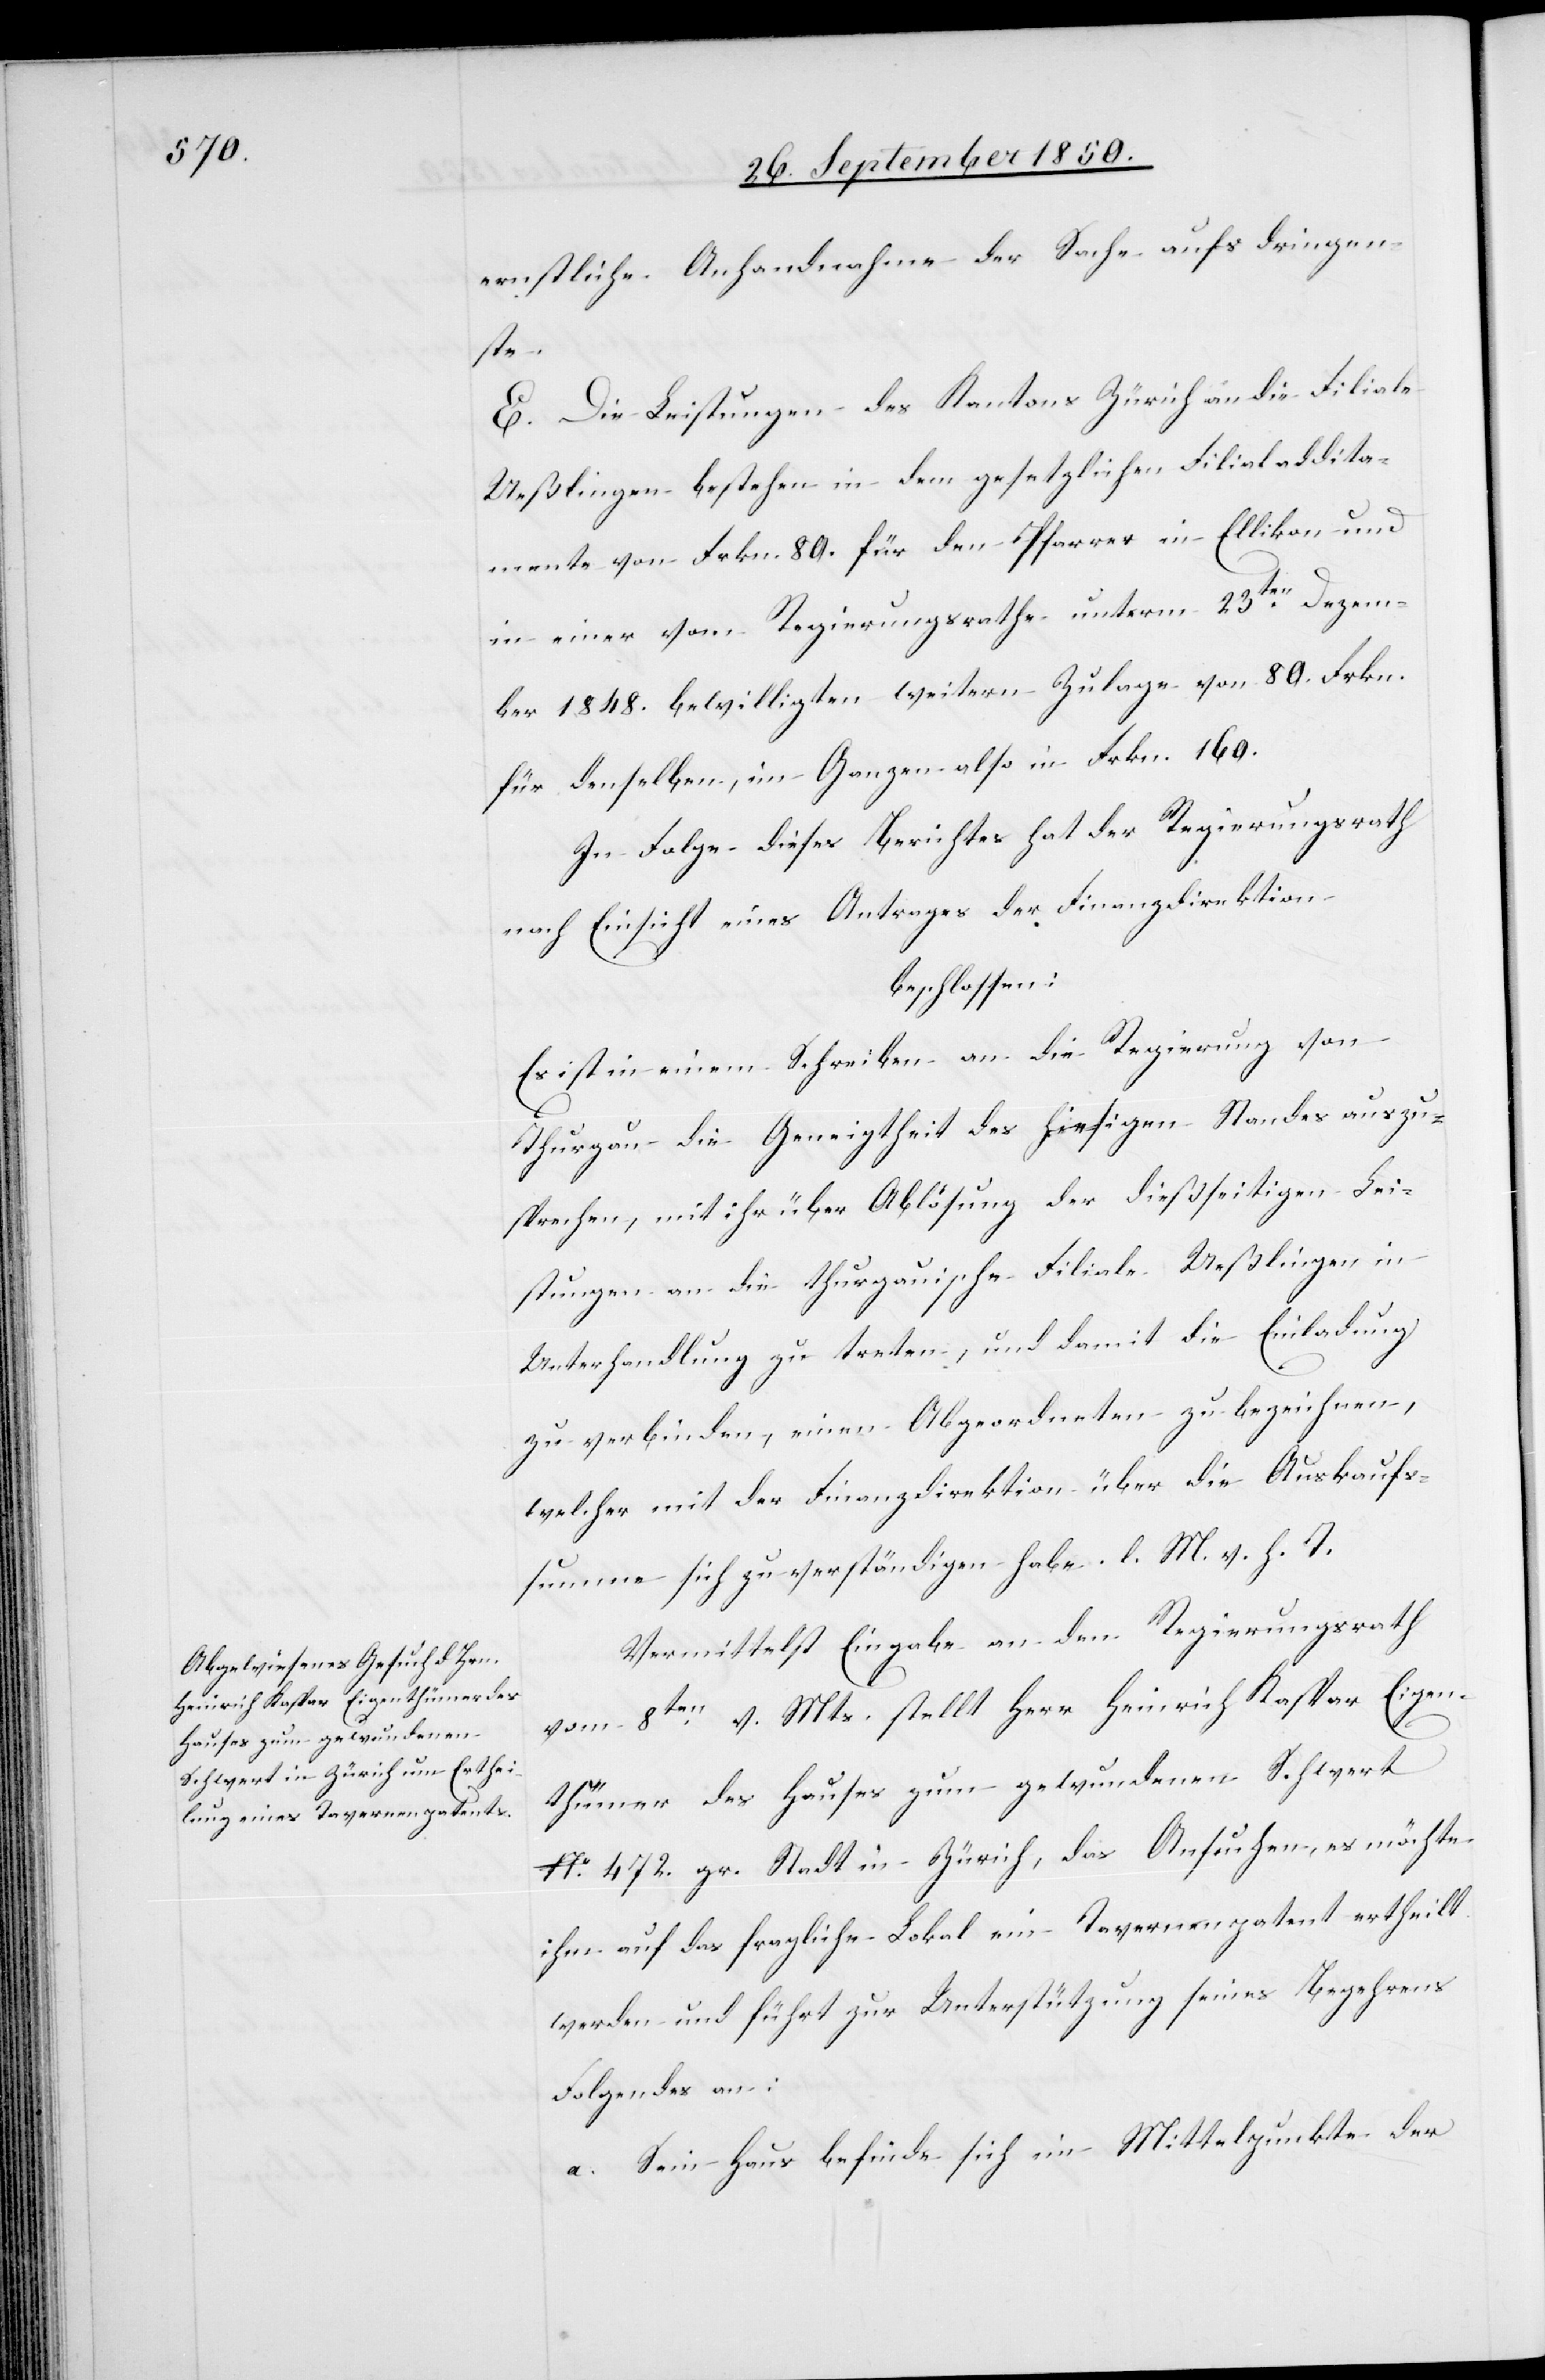
ernstliche Anhandnahme der Sache aufs dringen¬
ste.
E. Die Leistungen des Kantons Zürich an die Filiale
Ueßlingen bestehen in dem gesetzlichen Filialaddita¬
mente von Frkn. 80. für den Pfarrer in Ellikon und
in einer vom Regierungsrathe unterm 23ten Dezem¬
ber 1848. bewilligten weitern Zulage von 80. Frkn.
für denselben, im Ganzen also in Frkn. 160.
In Folge dieses Berichtes hat der Regierungsrath
nach Einsicht eines Antrages der Finanzdirektion
beschlossen:
Es ist in einem Schreiben an die Regierung von
Thurgau die Geneigtheit des hiesigen Standes auszu¬
sprechen, mit ihr über Ablösung der dießseitigen Lei¬
stungen an die thurgauische Filiale Ueßlingen in
Unterhandlung zu treten, und damit die Einladung
zu verbinden, einen Abgeordneten zu bezeichnen,
welcher mit der Finanzdirektion über die Auskaufs¬
summe sich zu verständigen habe. l. M. v. h. T.
Vermittelst Eingabe an den Regierungsrath
vom 8ten v. Mts. stellt Herr Heinrich Kaspar Eigen¬
thümer des Hauses zum gewundenen Schwert
No. 472. gr. Stadt in Zürich, das Ansuchen, es möchte
ihm auf das fragliche Lokal ein Tavernenpatent ertheilt
werden und führt zur Unterstützung seines Begehrens
Folgendes an:
a. Sein Haus befinde sich im Mittelpunkte der